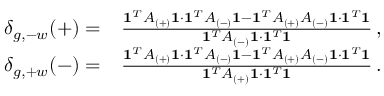
\begin{array} { r l } { \delta _ { g , - w } ( + ) = } & { { } \frac { \mathbf { 1 } ^ { T } A _ { ( + ) } \mathbf { 1 } \cdot \mathbf { 1 } ^ { T } A _ { ( - ) } \mathbf { 1 } - \mathbf { 1 } ^ { T } A _ { ( + ) } A _ { ( - ) } \mathbf { 1 } \cdot \mathbf { 1 } ^ { T } \mathbf { 1 } } { \mathbf { 1 } ^ { T } A _ { ( - ) } \mathbf { 1 } \cdot \mathbf { 1 } ^ { T } \mathbf { 1 } } \, , } \\ { \delta _ { g , + w } ( - ) = } & { { } \frac { \mathbf { 1 } ^ { T } A _ { ( + ) } \mathbf { 1 } \cdot \mathbf { 1 } ^ { T } A _ { ( - ) } \mathbf { 1 } - \mathbf { 1 } ^ { T } A _ { ( + ) } A _ { ( - ) } \mathbf { 1 } \cdot \mathbf { 1 } ^ { T } \mathbf { 1 } } { \mathbf { 1 } ^ { T } A _ { ( + ) } \mathbf { 1 } \cdot \mathbf { 1 } ^ { T } \mathbf { 1 } } \, . } \end{array}